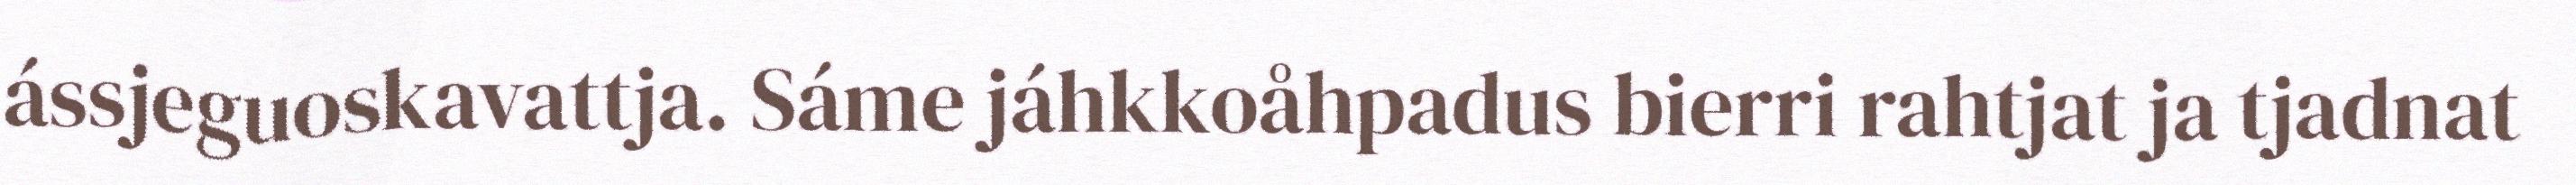
ássjeguoskavattja. Sáme jáhkkoåhpadus bierri rahtjat ja tjadnat